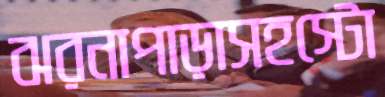
ঝরনাপাড়াসহস্টো